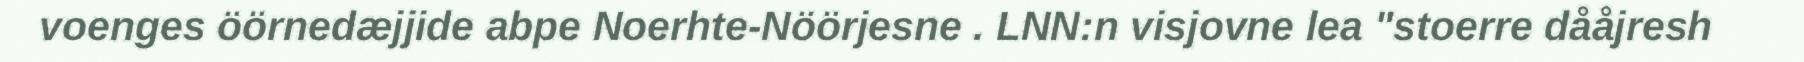
voenges öörnedæjjide abpe Noerhte-Nöörjesne . LNN:n visjovne lea "stoerre dååjresh